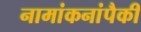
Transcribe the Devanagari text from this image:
नामांकनांपैकी